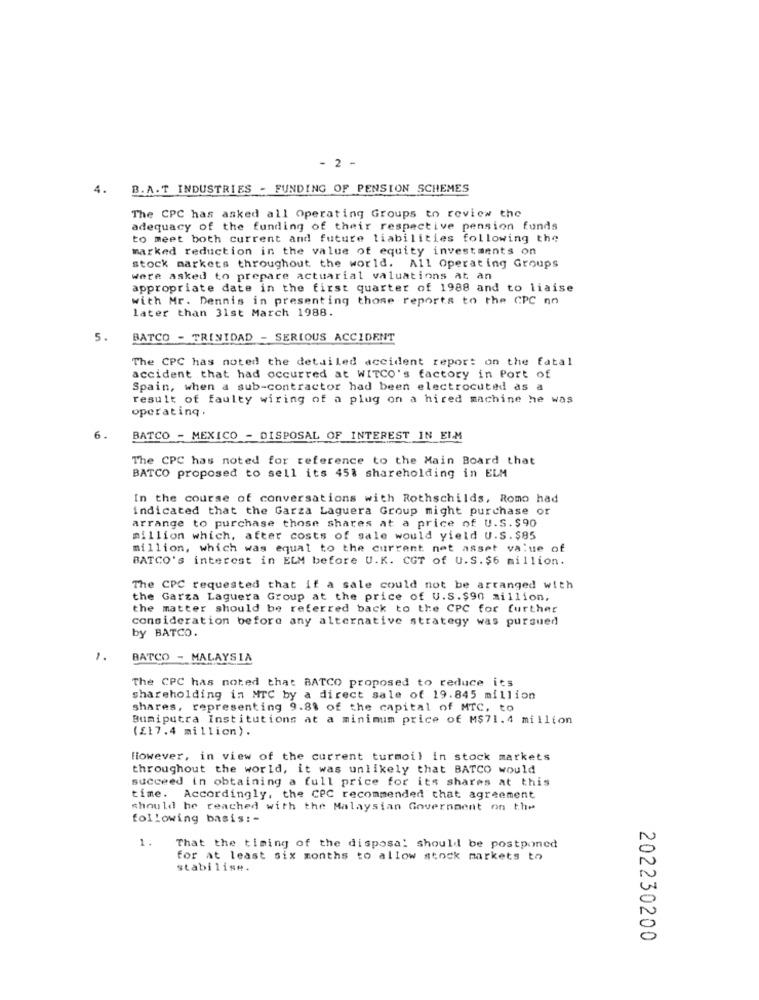
2 -
4.
B. A.T INDUSTRIES - FUNDING OF PENSION SCHEMES
The CPC has asked all Operating Groups to review the
adequacy of the funding of their respective pension funds
to meet both current and future liabilities following the
marked reduction in the value of equity investments on
stock markets throughout the world. All Operating Groups
were asked to prepare actuarial valuations at an
appropriate date in the first quarter of 1988 and to liaise
with Mr. Dennis in presenting those reports to the CPC no
later than 31st March 1988.
5.
BATCO - TRINIDAD - SERIOUS ACCIDENT
The CPC has noted the detailed accident repor: on the fatal
accident that had occurred at WITCO's factory in Port of
Spain, when a sub-contractor had been electrocuted as a
result of faulty wiring of a plug on a hired machine he was
operating.
6.
BATCO - MEXICO - DISPOSAL OF INTEREST IN EIM
The CPC has noted for reference to the Main Board that
BATCO proposed to sell its 45% shareholding in ELM
In the course of conversations with Rothschilds, Romo had
indicated that the Garza Laguera Group might purchase or
arrange to purchase those shares at a price of U.S. $90
million which, after costs of sale would yield U.S.$85
million, which was equal to the current net asset value of
BATCO's interest in ELM before U.K. CGT of U.S.$6 million.
The CPC requested that if a sale could not be arranged with
the Garza Laguera Group at the price of U.S.$90 million,
the matter should be referred back to the CPC for further
consideration before any alternative strategy was pursued
by BATCO.
1.
BATCO - MALAYSIA
The CPC has noted that BATCO proposed to reduce its
shareholding in MTC by a direct sale of 19.845 million
shares, representing 9.8% of the capital of MTC, to
Bumiputra Institutions at a minimum price of M$71.4 million
(£17.4 million).
However, in view of the current turmoil in stock markets
throughout the world, it was unlikely that BATCO would
succeed in obtaining a full price for its shares at this
time. Accordingly, the CPC recommended that agreement
should he reached with the Malaysian Government on the
following basis: -
1.
That the timing of the disposal should be postponed
0
for at least six months to allow stock markets to
stabilise.
0
202230200